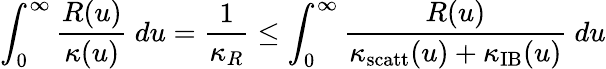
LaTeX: \int_{0}^{\infty}\frac{R(u)}{\kappa(u)}~du=\frac{1}{\kappa_{R}}\leq\int_{0}^{\infty}\frac{R(u)}{\kappa_{\mathrm{scatt}}(u)+\kappa_{\mathrm{IB}}(u)}~du